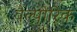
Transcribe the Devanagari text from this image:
वैल्पोरिक